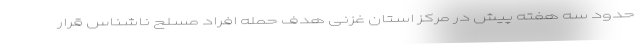
حدود سه هفته پیش در مرکز استان غزنی هدف حمله افراد مسلح ناشناس قرار